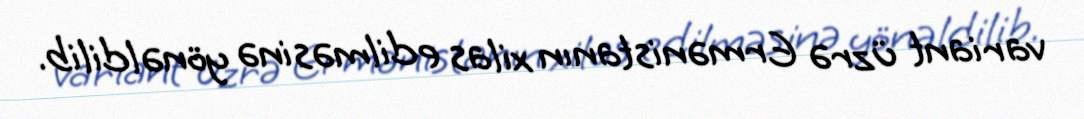
variant üzrə Ermənistanın xilas edilməsinə yönəldilib.